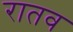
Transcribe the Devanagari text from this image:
रातव